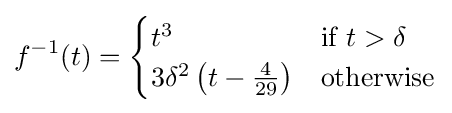
f^{-1}(t)={\begin{cases}t^{3}&{\text{if }}t>\delta \\3\delta ^{2}\left(t-{\tfrac {4}{29}}\right)&{\text{otherwise}}\end{cases}}